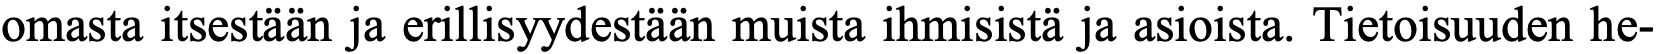
omasta itsestään ja erillisyydestään muista ihmisistä ja asioista. Tietoisuuden he-